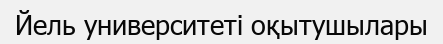
Йель университеті оқытушылары